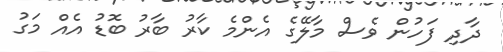
ދާދި ފަހުން ވެސް މާލޭގެ އެންމެ ކާރު ބާރު ބޮޑު އެއް މަގު